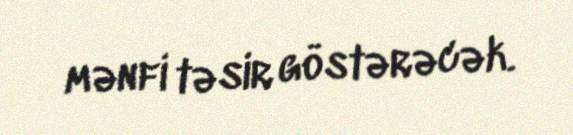
mənfi təsir göstərəcək.